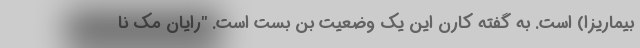
بیماریزا) است. به گفته کارن این یک وضعیت بن بست است. "رایان مک نا